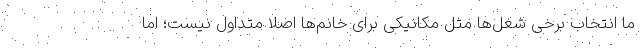
ما انتخاب برخی شغل‌ها مثل مکانیکی برای خانم‌ها اصلا متداول نیست؛ اما